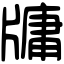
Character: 牗